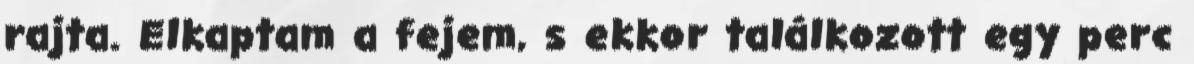
rajta. Elkaptam a fejem, s ekkor találkozott egy perc